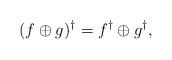
LaTeX: \begin{align*} (f\oplus g)^\dagger = f^\dagger \oplus g^\dagger,\end{align*}